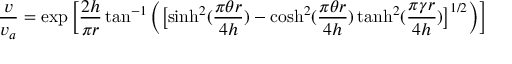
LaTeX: { \frac { v } { v _ { a } } } = \exp { \bigg [ } { \frac { 2 h } { \pi r } } \tan ^ { - 1 } { \bigg ( } { \big [ } { \sinh ^ { 2 } ( { \frac { \pi \theta r } { 4 h } } ) - \cosh ^ { 2 } ( { \frac { \pi \theta r } { 4 h } } ) \operatorname { t a n h } ^ { 2 } ( { \frac { \pi \gamma r } { 4 h } } ) } { \big ] } ^ { 1 / 2 } { \bigg ) } { \bigg ] }